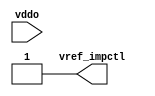
module bw_io_dtl_vref (
   vref_impctl, vddo
   );
   output        vref_impctl;
   input         vddo;              
assign vref_impctl = 1'b1;
endmodule